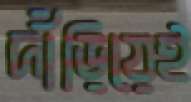
দাঁড়িয়েই